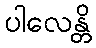
ပါလေန္တိ